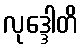
လုဒ္ဒေါတိ